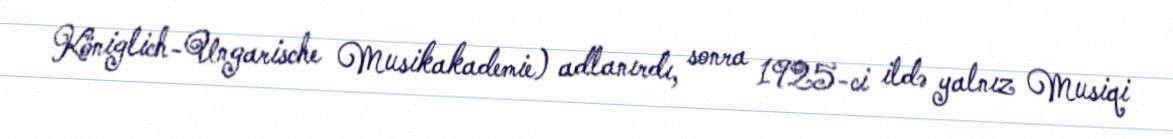
Königlich-Ungarische Musikakademie) adlanırdı, sonra 1925-ci ildə yalnız Musiqi